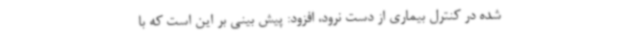
شده در کنترل بیماری از دست نرود، افزود: پیش بینی بر این است که با